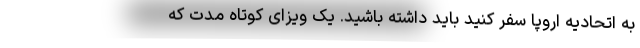
به اتحادیه اروپا سفر کنید باید داشته باشید. یک ویزای کوتاه مدت که